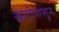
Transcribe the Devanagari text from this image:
खाडीपासून